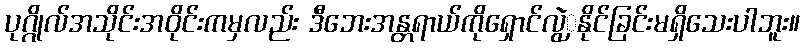
ပုဂ္ဂိုလ်အသိုင်းအဝိုင်းကမှလည်း ဒီဘေးအန္တရာယ်ကိုရှောင်လွဲှနိုင်ခြင်းမရှိသေးပါဘူး။